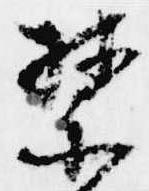
禁